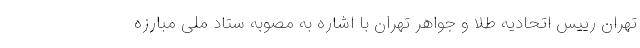
تهران رییس اتحادیه طلا و جواهر تهران با اشاره به مصوبه ستاد ملی مبارزه